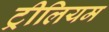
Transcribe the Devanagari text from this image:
ट्रीलियम